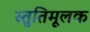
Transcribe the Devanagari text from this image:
स्तुतिमूलक